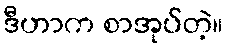
ဒီဟာက စာအုပ်တဲ့။